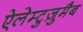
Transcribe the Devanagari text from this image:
ऐलेम्टुज़ुमैब